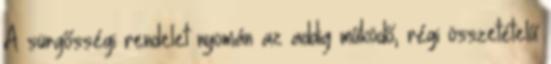
A sürgősségi rendelet nyomán az addig működő, régi összetételű